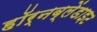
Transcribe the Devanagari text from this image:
हॉर्नब्लेंडाइट